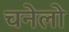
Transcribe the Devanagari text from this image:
चनेलो